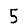
Digit: 5